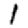
Digit: 1